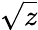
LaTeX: \sqrt{z}